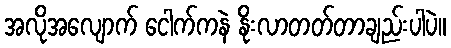
အလိုအလျောက် ငေါက်ကနဲ နိုးလာတတ်တာချည်းပါပဲ။